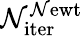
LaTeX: \mathcal{N}_{\mathrm{{iter}}}^{\mathrm{{\mathcal{N}ewt}}}